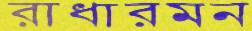
রাধারমন